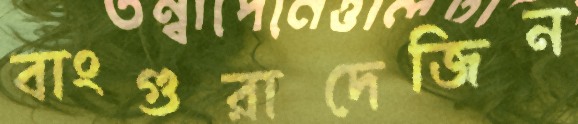
বাংগুরাদেজিন